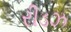
રીડઝ